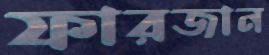
ফারজান